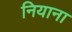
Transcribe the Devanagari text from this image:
नियाना